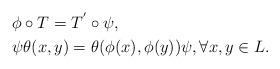
LaTeX: \begin{align*} &\phi \circ T = T^{'}\circ \psi,\\ &\psi\theta(x,y)=\theta(\phi(x),\phi(y))\psi,\forall x,y \in L.\end{align*}